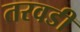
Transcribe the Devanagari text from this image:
तरवडी